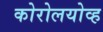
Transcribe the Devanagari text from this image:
कोरोलयोव्ह